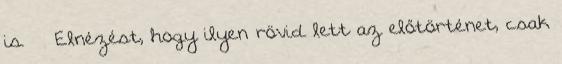
is. Elnézést, hogy ilyen rövid lett az előtörténet, csak